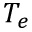
T _ { e }